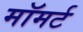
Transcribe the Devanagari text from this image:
मॉमर्ट